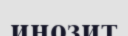
инозит